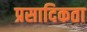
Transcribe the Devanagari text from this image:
प्रसादिकता